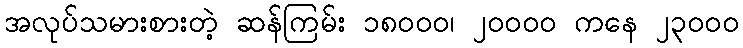
အလုပ်သမားစားတဲ့ ဆန်ကြမ်း ၁၈၀၀၀၊ ၂၀၀၀၀ ကနေ ၂၃၀၀၀